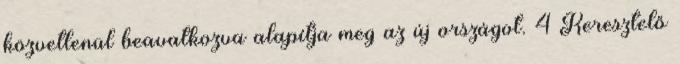
közvetlenül beavatkozva alapítja meg az új országot. 4 Keresztelő